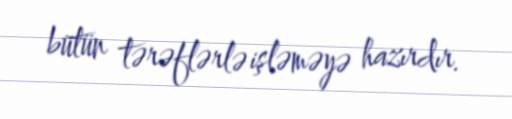
bütün tərəflərlə işləməyə hazırdır.